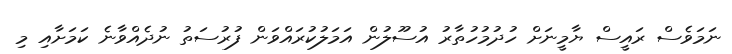
ނަމަވެސް ރައީސް ޔާމީނަށް ހުދުމުހުތާރު އުސޫލުން އަމަލުކުރައްވަން ފުރުސަތު ނުދެއްވާނެ ކަމަށާއި މި